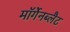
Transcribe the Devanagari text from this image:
मॉर्गेनब्लैट